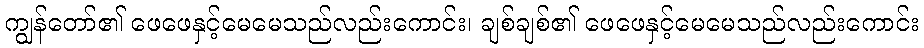
ကျွန်တော်၏ ဖေဖေနှင့်မေမေသည်လည်းကောင်း၊ ချစ်ချစ်၏ ဖေဖေနှင့်မေမေသည်လည်းကောင်း